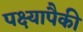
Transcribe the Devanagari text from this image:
पक्ष्यापैकी